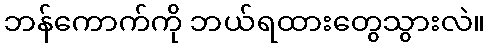
ဘန်ကောက်ကို ဘယ်ရထားတွေသွားလဲ။